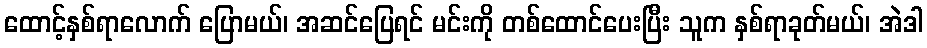
ထောင့်နှစ်ရာလောက် ပြောမယ်၊ အဆင်ပြေရင် မင်းကို တစ်ထောင်ပေးပြီး သူက နှစ်ရာခုတ်မယ်၊ အဲဒါ